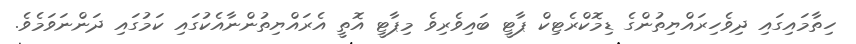
ހިތާމައިގައި ދިވެހިރައްޔިތުންގެ ޑިމޮކްރެޓިކް ޕާޓީ ބައިވެރިވެ މިޕާޓީ އޮތީ އެރައްޔިތުންނާއެކުގައި ކަމުގައި ދަންނަވަމެވެ.